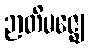
ဉာတိမဇ္ဈေ